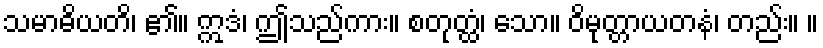
သမာဓိယတိ၊ ၏။ ဣဒံ၊ ဤသည်ကား။ စတုတ္ထံ၊ သော။ ဝိမုတ္တာယတနံ၊ တည်း။ ။